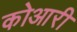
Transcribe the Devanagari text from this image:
कोआरी